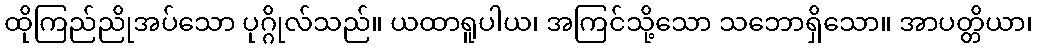
ထိုကြည်ညိုအပ်သော ပုဂ္ဂိုလ်သည်။ ယထာရူပါယ၊ အကြင်သို့သော သဘောရှိသော။ အာပတ္တိယာ၊